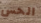
الحس